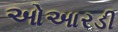
ઓઆરડી